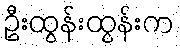
ဦးထွန်းထွန်းက